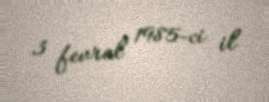
3 fevral 1985-ci il